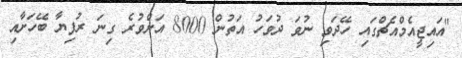
"އައިޖީީއެމްއެޗްގައި ހޭދަވި ނުވަ ދުވަހު އަތުން 8000 އަށްވުރެ ގިނަ ރުފިޔާ ބޭހަށާއި